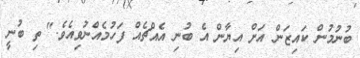
ބުނުމުން ކައިޒަން އަށް އިޔާން އެ ބުނި އެއްޗެއް ފަހުމެއްނުވިއެވެ." ތި ބުނީ